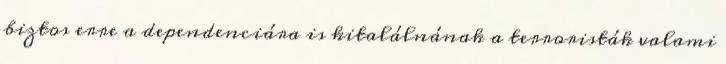
biztos erre a dependenciára is kitalálnának a terroristák valami